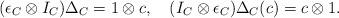
LaTeX: \begin{align*} (\epsilon_C \otimes I_C)\Delta_C = 1 \otimes c, \quad(I_C \otimes \epsilon_C) \Delta_C(c)=c \otimes 1. \end{align*}